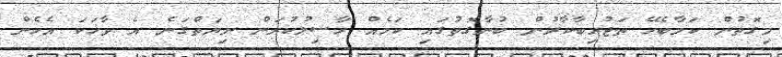
މިގޮތުން ކަމާބެހޭ ތަޖުރިބާކާރުން ބުނާގޮތުގައި ކަމެއް ހާސިލުކުރަން ނިޔަތްގަނެ އެ ވާހަކަ އެހެން